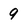
Character: 9